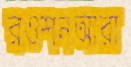
রওশনআরা